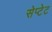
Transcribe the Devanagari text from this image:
सेप्टेट